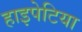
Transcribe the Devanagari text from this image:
हाइपेटिया